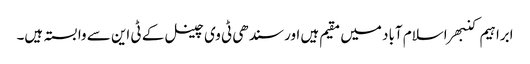
ابراہیم کنبھر اسلام آباد میں مقیم ہیں اور سندھی ٹی وی چینل کے ٹی این سے وابستہ ہیں۔